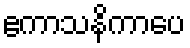
ဧကာသနိကာပေ